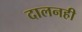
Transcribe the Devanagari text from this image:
दालनही